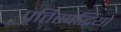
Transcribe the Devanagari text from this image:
प्रतिस्पर्द्धियों